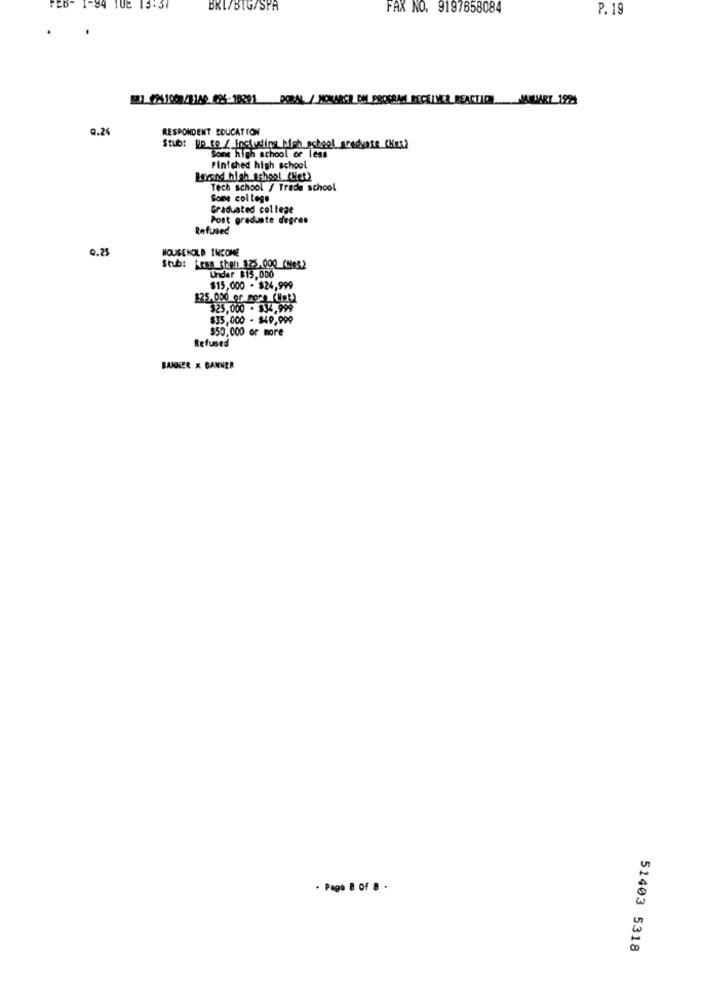
FEB- 1-84 108 15:37
BRI/BIG/SPR
FAX NO. 9197658084
P. 19
221_2241007/1189 624-18201 DORAL / MONARCH OM PROGRAM BECHIMES REACTION JANUARY 1921
@.24
RESPONDENT EDUCATION
Stub: Up to / Including high school_sredynte CKes?
Some high school or less
Finished high school
Beyond high school (Wiet)
Tech school / Trade school
Sone college
Graduated college
Post graduate degree
Refused
Q.25
HOUSEHOLD INCOME
Stub: Less than 125.000 (Me&)
Under $15,000
$15,000 - $24,999
125,000 or more (Hof)
$25,000 - $34,999
$35,000 - $49,999
$50,000 or more
Refused
BANNER K BANNER
- Pago 8 of 8 .
51403 5318